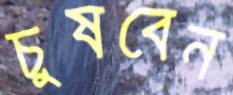
চুষবেন